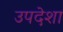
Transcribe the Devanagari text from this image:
उपदेशा